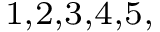
^ { 1 , 2 , 3 , 4 , 5 , }